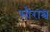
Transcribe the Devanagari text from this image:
सौराश्च